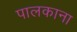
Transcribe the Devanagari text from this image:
पालकाना